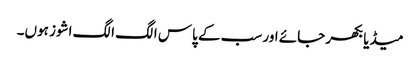
میڈیا بکھر جائے اور سب کے پاس الگ الگ اشوز ہوں۔